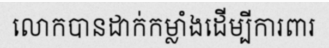
លោកបានដាក់កម្លាំងដើម្បីការពារ